38_143685_box_Incident_Summaries_101-172
Agency: Department of War
Page 36
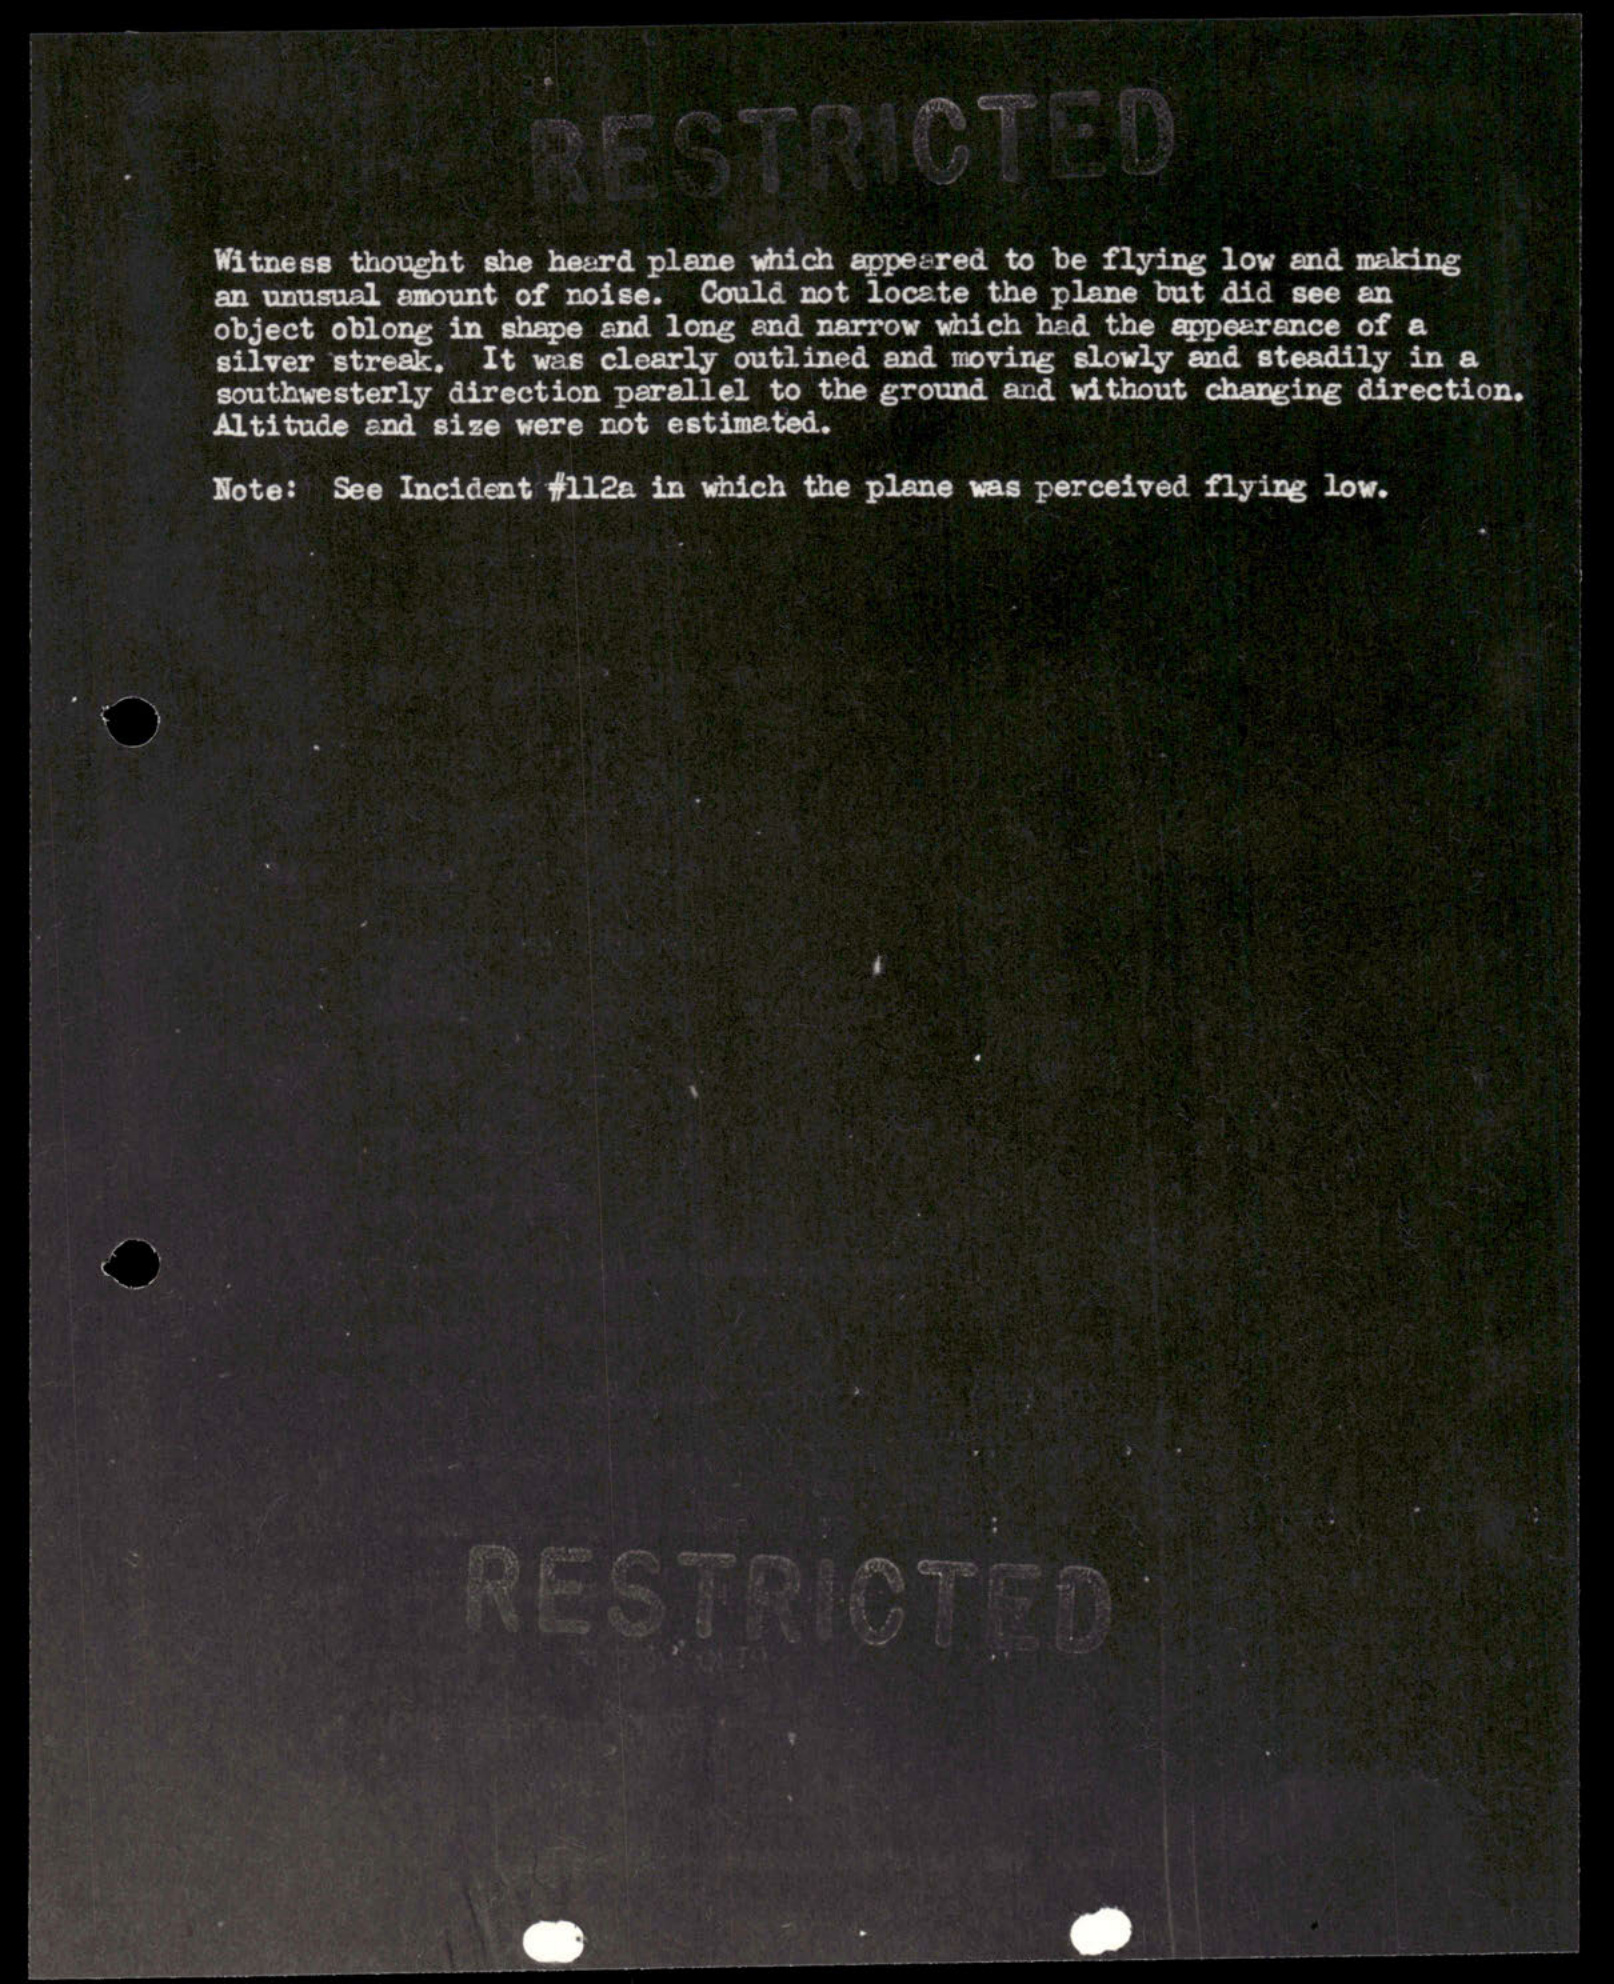